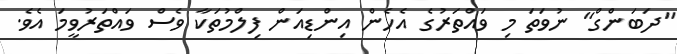
"ދަބަންގް" ނުވަތަ މި ވައްތަރުގެ އެހެން އިންޑިއަން ފިލްމުތަކާ ވެސް ވައްތަރުވީމަ އެވެ.